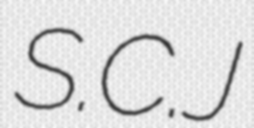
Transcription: S.C.J